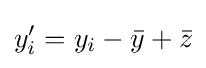
y_{i}'=y_{i}-{\bar {y}}+{\bar {z}}